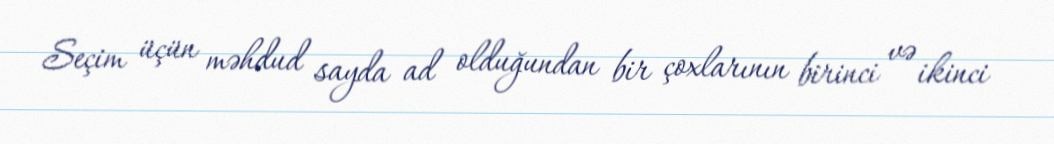
Seçim üçün məhdud sayda ad olduğundan bir çoxlarının birinci və ikinci